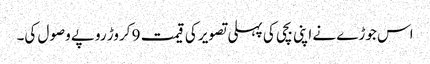
اس جوڑے نے اپنی بچی کی پہلی تصویر کی قیمت 9 کروڑ روپے وصول کی۔